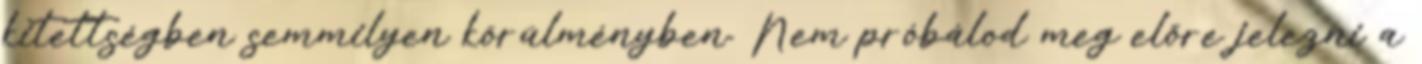
kitettségben semmilyen körülményben. Nem próbálod meg előre jelezni a